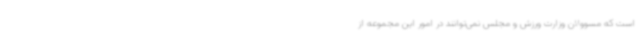
است که مسوولان وزارت ورزش و مجلس نمی‌توانند در امور این مجموعه از